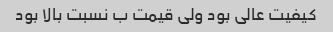
کیفیت عالی بود ولی قیمت ب نسبت بالا بود